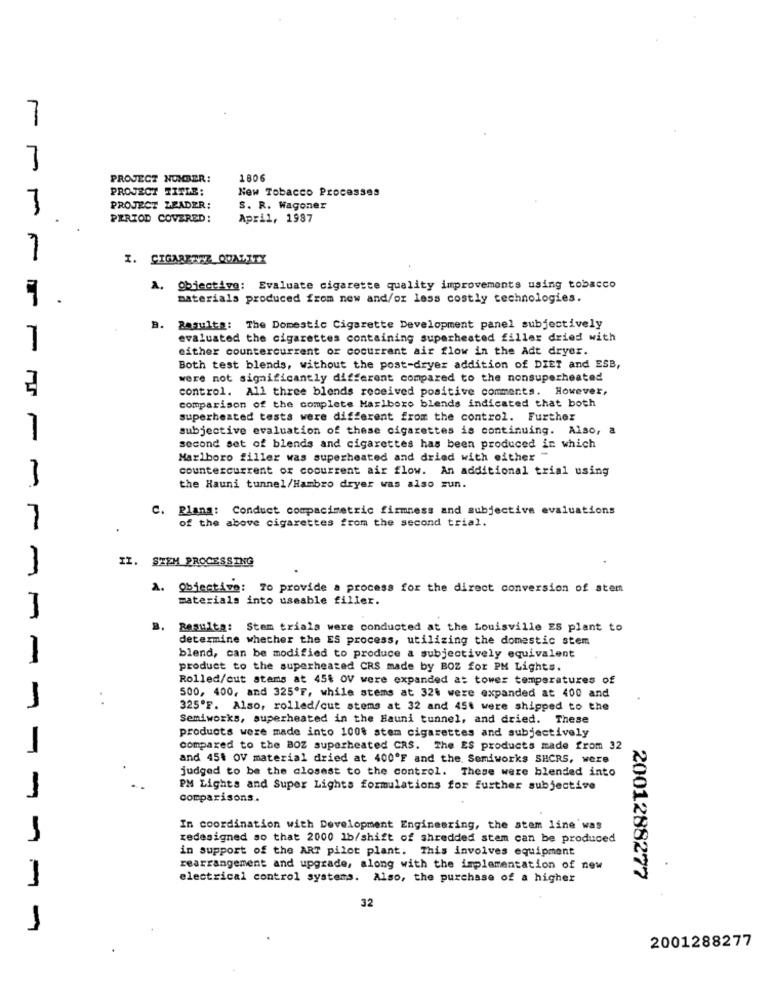
7
7
PROJECT NOMBER:
180
PROJECT TITLE:
New Tobacco Processes
PROJECT LEADER:
S. R. Wagoner
PERIOD COVERED:
April, 1987
I. CIGARETY QUALITY
A. Objective: Evaluate cigarette quality improvements using tobacco
1
materials produced from new and/or less costly technologies.
Results: The Domestic Cigarette Development panel subjectively
evaluated the cigarettes containing superheated filler dried with
1
either countercurrent or cocurrent air flow in the Adt dryer.
Both test blends, without the post-dryer addition of DIET and ESB,
were not significantly different compared to the nonsuperheated
control. All three blends received positive comments. However,
comparison of the complete Marlboro blends indicated that both
superheated tests were different from the control. Further
subjective evaluation of these cigarettes is continuing. Also,
1
second set of blends and cigarettes has been produced in which
Marlboro filler was superheated and dried with either "
countercurrent or cocurrent air flow. An additional trial using
-
the Hauni tunnel/Hambro dryer was also zun.
C. Rlang: Conduct compacimetric firmness and subjective evaluations
7
of the above cigarettes from the second trial.
II. STEM PROCESSING
A. Objective: 70 provide a process for the direct conversion of stem
materials into useable filler.
B.
Resulta: Stem trials were conducted at the Louisville ES plant to
determine whether the ES process, utilizing the domestic stem
1
blend, can be modified to produce a subjectively equivalent
product to the superheated CRS made by BOZ for PM Lights.
Rolled/out stems at 45% OV were expanded a: tower temperatures of
500, 400, and 325ºF, while stems at 324 were expanded at 400 and
325'F. Also, rolled/cut stems at 32 and 454 were shipped to the
Semiworks, superheated in the Hauni tunnel, and dried. These
products were made into 100$ stem cigarettes and subjectively
compared to the BOZ superheated CRS. The ES products made from 32
and 45t OV material dried at 400ºF and the. Semiworks SHCRS, were
judged to be the closest to the control. These were blended into
PM Lights and Super Lights formulations for further subjective
-
comparisons.
In coordination with Development Engineering, the stem line was
redesigned so that 2000 1b/shift of shredded stem can be produced
in support of the ART pilot plant. This involves equipment
rearrangement and upgrade, along with the implementation of new
electrical control systems. Also, the purchase of a higher
2001288277
32
2001288277